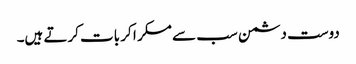
دوست دشمن سب سے مسکر ا کر بات کرتے ہیں۔